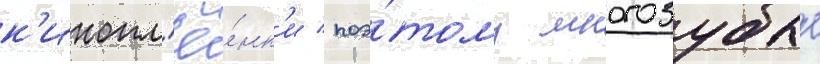
к'инопл'ё́нк'и / поэ́тому многозубые